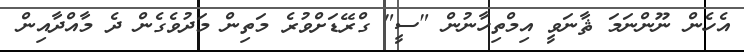
އެހެން ނޫންނަމަ ޘާނަވީ އިމްތިހާނުން "ސީ" ގްރޭޑަށްވުރެ މަތިން މަދުވެގެން ދެ މާއްދާއިން